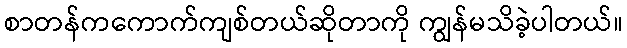
စာတန်ကကောက်ကျစ်တယ်ဆိုတာကို ကျွန်မသိခဲ့ပါတယ်။